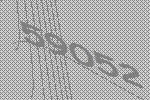
59052